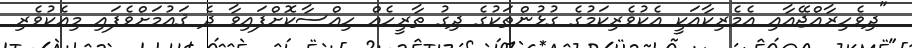
"ދިވެހިރާއްޖޭއާއި އެމެރިކާއަކީ އެކުވެރިކަމުގެ ގުޅުންތަކުގެ ދިގު ތާރީހެއް ހިއްސާކޮށްފައިވާ ދެ ޤައުމަށްވެފައި މިއެކުވެރި